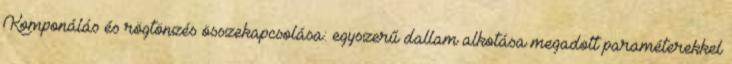
Komponálás és rögtönzés összekapcsolása: egyszerű dallam alkotása megadott paraméterekkel